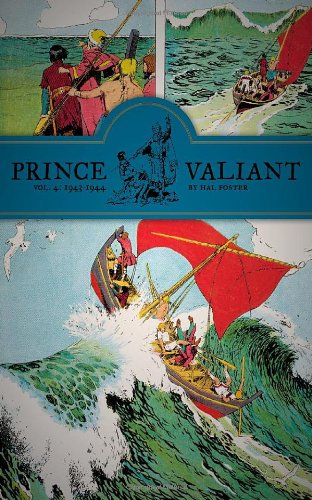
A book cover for Prince Valiant, Vol. 4: 1943-1944; Hal Foster; Comics & Graphic Novels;